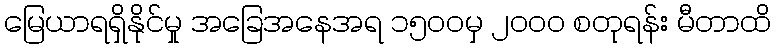
မြေယာရရှိနိုင်မှု အခြေအနေအရ ၁၅၀၀မှ ၂၀၀၀ စတုရန်း မီတာထိ